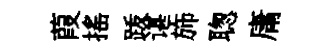
葭搖䟦谌斾聦庸